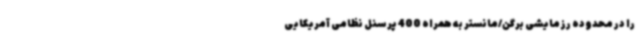
را در محدوده رزمایشی برگن/مانستر به همراه 400 پرسنل نظامی آمریکایی